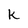
Character: K